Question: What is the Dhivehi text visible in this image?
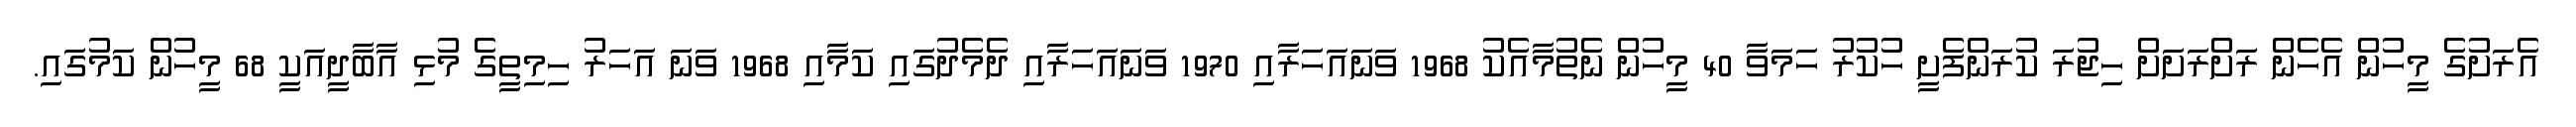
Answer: އެރަށުގެ މީހުން އެހެން ރަށްރަށަށް ހިޖުރަ ކުރަންފެށީ ހުކުރު ހަމަވާ 40 މީހުން ނެތުމާއެކު 1968 ވަނައަހަރާއި 1970 ވަނައަހަރާއި ދެމެދުގައި ކަމާއި 1968 ވަނަ އަހަރު ހިމިތީގެ މުޅި އާބާދީއަކީ 68 މީހުން ކަމުގައި.